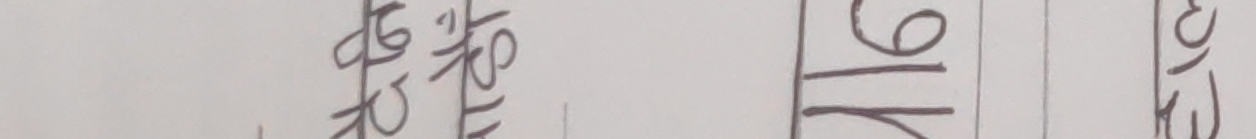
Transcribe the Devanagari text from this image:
को लागि